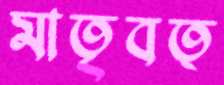
মাতৃবত্